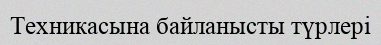
Техникасына байланысты түрлері